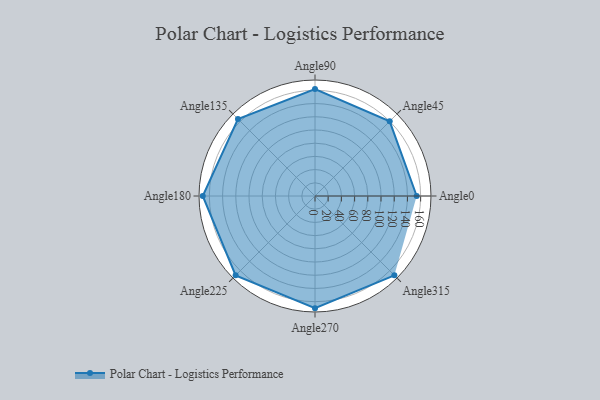
{"axis": {"x": "Angle", "y": "Radius"}, "legend": [""], "data": [{"x": "Angle0", "y": 154.0, "type": ""}, {"x": "Angle45", "y": 160.0, "type": ""}, {"x": "Angle90", "y": 162.0, "type": ""}, {"x": "Angle135", "y": 165.0, "type": ""}, {"x": "Angle180", "y": 170, "type": ""}, {"x": "Angle225", "y": 170.0, "type": ""}, {"x": "Angle270", "y": 170, "type": ""}, {"x": "Angle315", "y": 170.0, "type": ""}]}